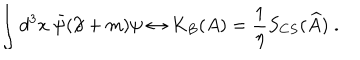
\int d ^ { 3 } x ~ \bar { \psi } ( \partial \! \! \! / + m ) \psi \leftrightarrow K _ { B } ( A ) = \frac 1 \eta S _ { C S } ( \widehat { A } ) \; .